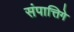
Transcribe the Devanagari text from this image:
संपात्तिगे